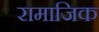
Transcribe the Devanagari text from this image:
रामाजिक